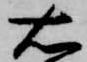
右